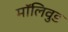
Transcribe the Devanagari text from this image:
मॉलिवुड